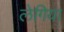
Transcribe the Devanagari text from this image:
लेगिया